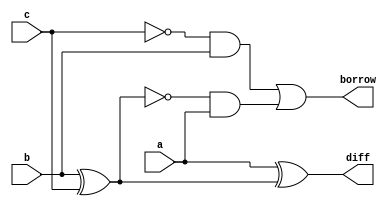
module fullsubtractor (
input a,b,c,
output diff, borrow);
wire u,v,w,x,y;
not (v,c);
not (y,u);
and(x,v,b);
and(w,y,a);
xor (u,b,c);
xor (diff,a,u);
or (borrow,x,w);
endmodule